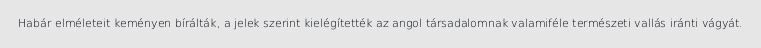
Habár elméleteit keményen bírálták, a jelek szerint kielégítették az angol társadalomnak valamiféle természeti vallás iránti vágyát.